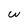
Character: w